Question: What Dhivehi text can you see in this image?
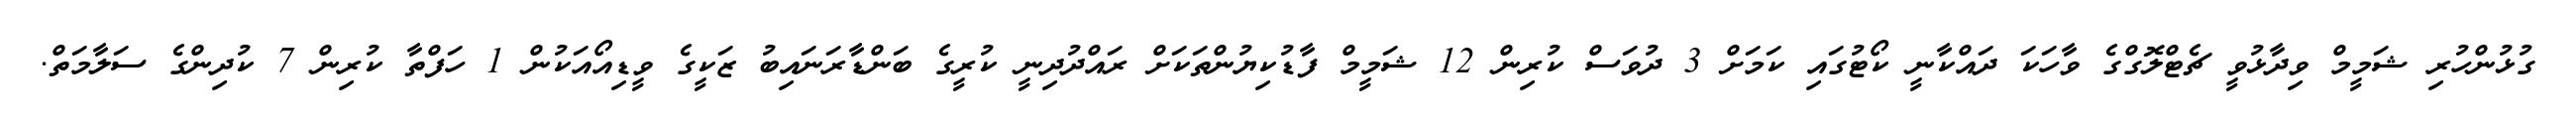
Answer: ގުޅުންހުރި ޝަމީމް ވިދާޅުވީ ޗެޓްލޮގްގެ ވާހަކަ ދައްކާނީ ކޯޓުގައި ކަމަށް 3 ދުވަސް ކުރިން 12 ޝަމީމް ފާޑުކިޔުންތަކަށް ރައްދުދިނީ ކުރީގެ ބަންޑާރަނައިބު ޒަކީގެ ވީޑިއޯއަކުން 1 ހަފްތާ ކުރިން 7 ކުދިންގެ ސަލާމަތް.